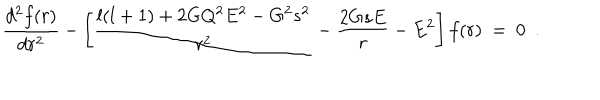
{ \frac { d ^ { 2 } f ( r ) } { d r ^ { 2 } } } - \left[ { \frac { l ( l + 1 ) + 2 G Q ^ { 2 } E ^ { 2 } - G ^ { 2 } s ^ { 2 } } { r ^ { 2 } } } - { \frac { 2 G s E } { r } } - E ^ { 2 } \right] f ( r ) ~ = ~ 0 ~ ~ .